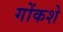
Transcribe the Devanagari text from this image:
गोंकशे